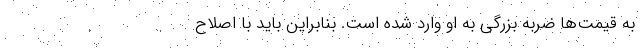
به قیمت‌ها ضربه بزرگی به او وارد شده است. بنابراین باید با اصلاح